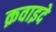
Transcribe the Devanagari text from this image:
क़वाइदे